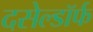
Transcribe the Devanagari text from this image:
दसेल्डॉर्फ